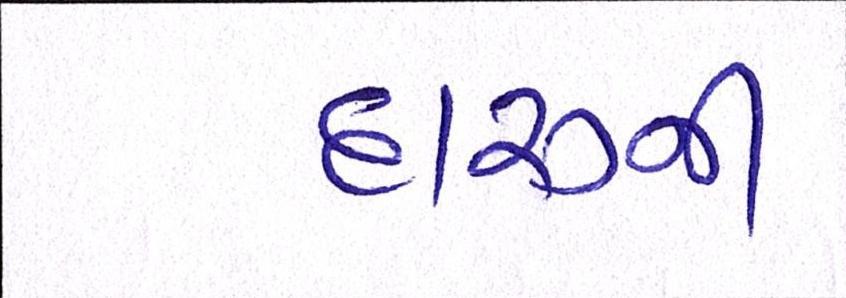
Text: દારૂની